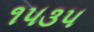
૧૫૩૫